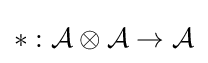
\ast :{\mathcal {A}}\otimes {\mathcal {A}}\to {\mathcal {A}}